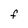
Character: F